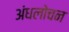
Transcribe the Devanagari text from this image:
अंधलोचन